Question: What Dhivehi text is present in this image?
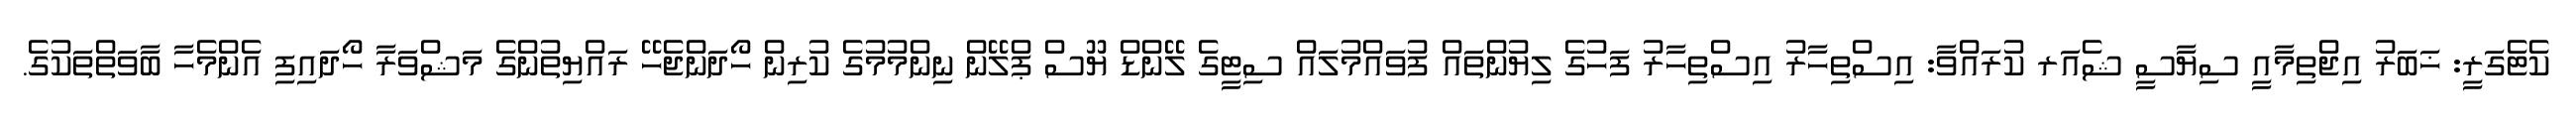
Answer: ކެޓެގަރީ: ޚަބަރު އިޖްތިމާއީ ސިޔާސީ ޝެއަރ ކުރައްވާ: އިސްތިހާރު އިސްތިހާރު ފަހުގެ ލިޔުންތައް ފުވައްމުލައް ސިޓީގެ ލޭންޑް ޔޫސް ޕްލޭން ނިންމުމުގެ ކުރިން ހޯދަންޖެހޭ ރައްޔިތުންގެ މަޝްވަރާ ހޯދައިފި އެންމެހާ ބާވަތްތަކުގެ.